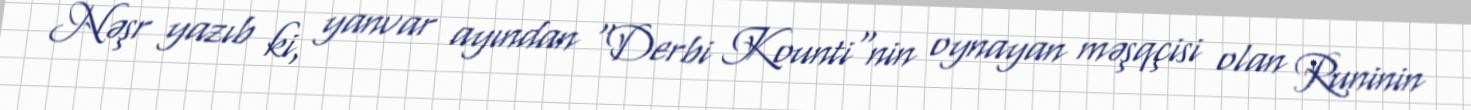
Nəşr yazıb ki, yanvar ayından "Derbi Kounti"nin oynayan məşqçisi olan Runinin